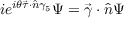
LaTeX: i e ^ { i \theta \vec { \tau } \cdot \hat { n } \gamma _ { 5 } } \Psi = \vec { \gamma } \cdot \hat { n } \Psi